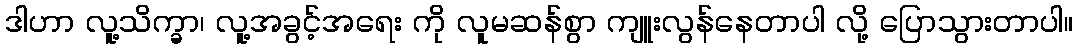
ဒါဟာ လူ့သိက္ခာ၊ လူ့အခွင့်အရေး ကို လူမဆန်စွာ ကျူးလွန်နေတာပါ လို့ ပြောသွားတာပါ။